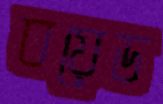
বয়েড